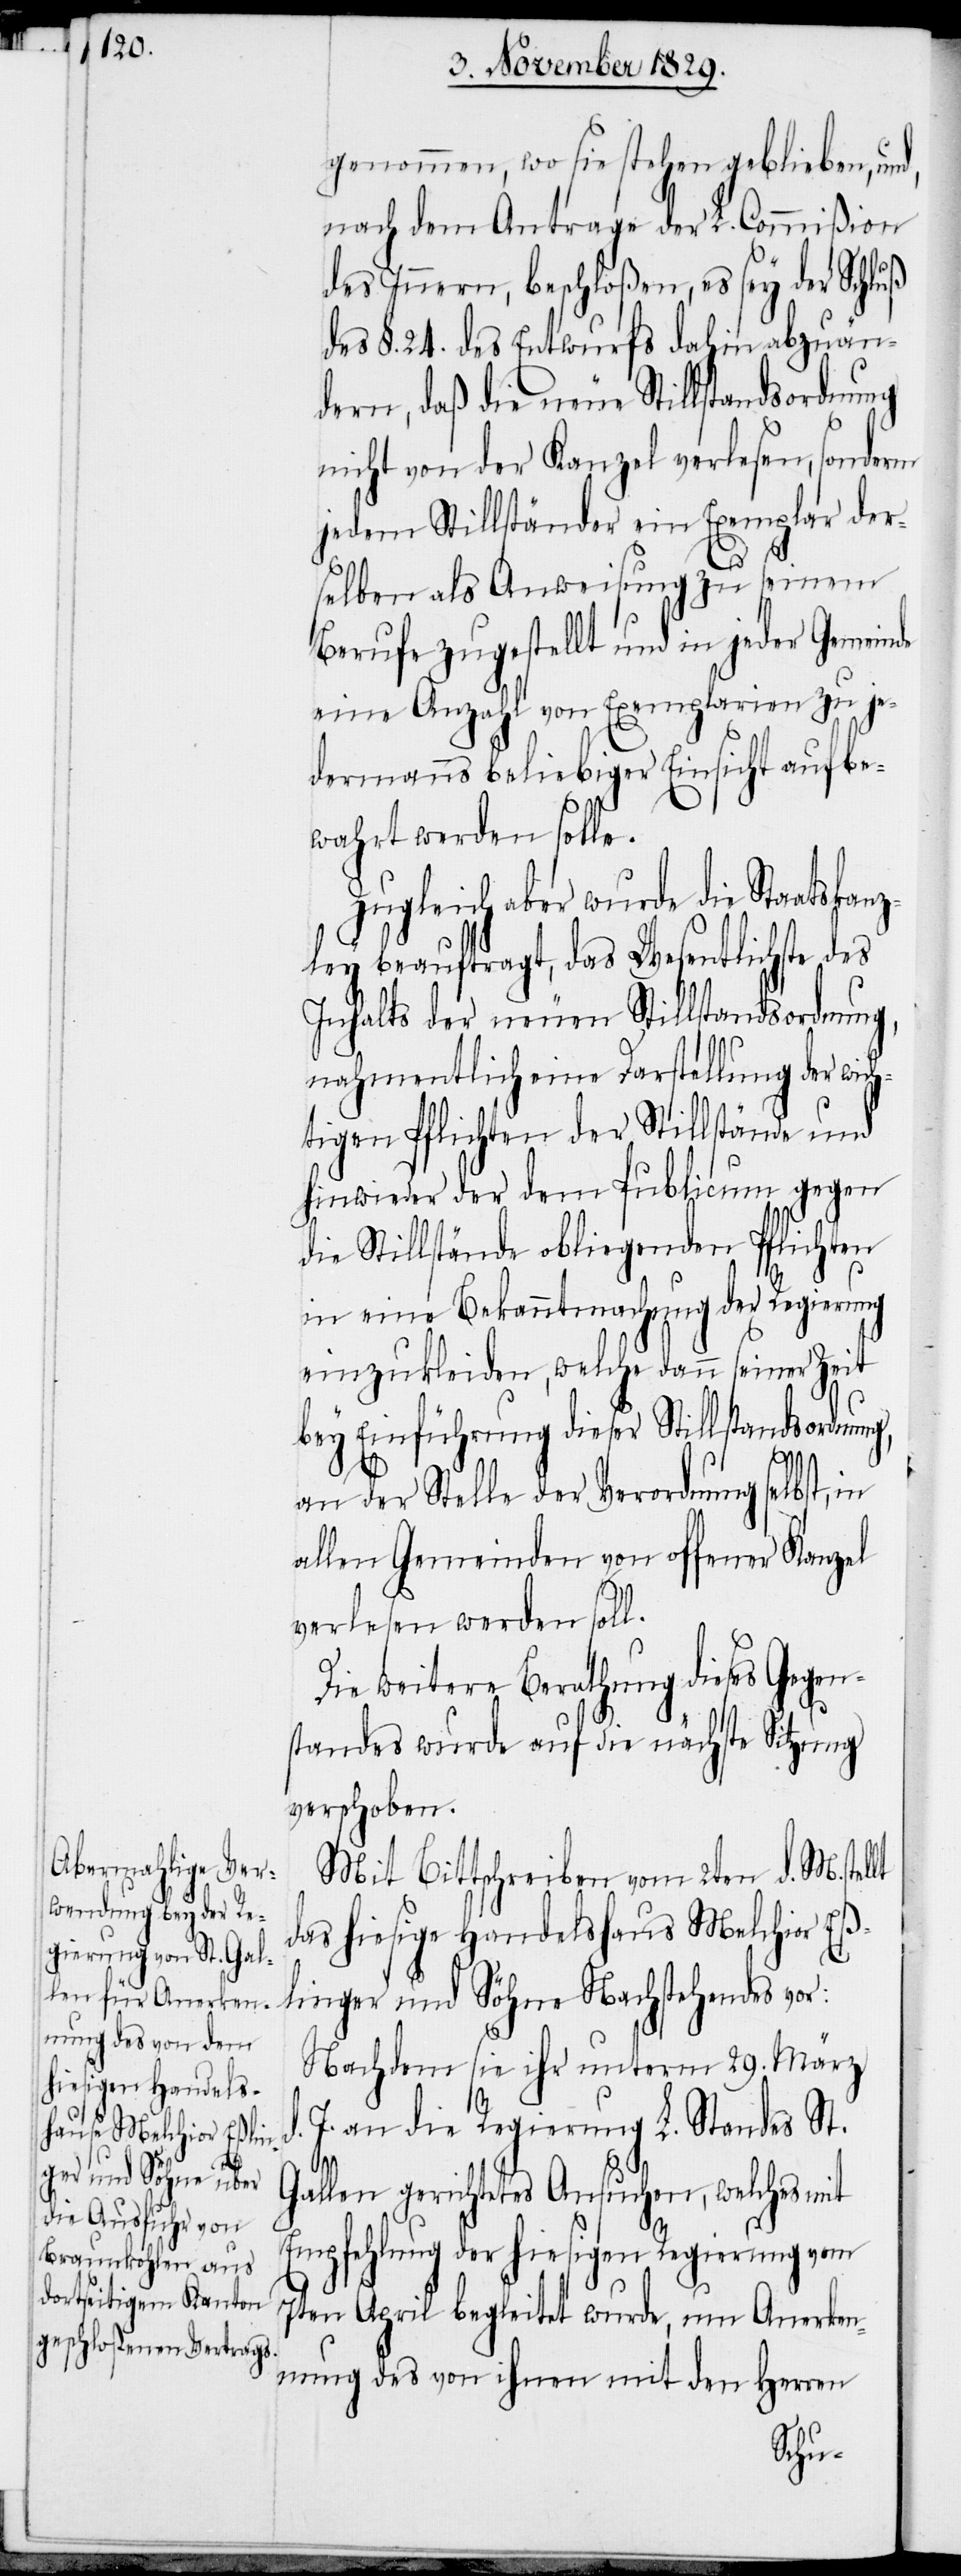
genommen, wo sie stehen geblieben, und,
nach dem Antrage der L. Commißion
des Innern, beschloßen, es sey der Schluß
des §. 24. des Entwurfs dahin abzuän¬
dern, daß die neue Stillstandsordnung
nicht von der Kanzel verlesen, sondern
jedem Stillständer ein Exemplar der¬
selben als Anweisung zu seinem
Berufe zugestellt und in jeder Gemeinde
eine Anzahl von Exemplarien zu je¬
dermanns beliebiger Einsicht aufbe¬
wahrt werden solle.
Zugleich aber wurde die Staatskan¬
zley beauftragt, das Wesentlichste des
Inhalts der neuen Stillstandsordnung,
nahmentlich eine Darstellung der wich¬
tigen Pflichten der Stillstände und
hinwieder der dem Publicum gegen
die Stillstände obliegenden Pflichten
in eine Bekanntmachung der Regierung
einzukleiden, welche dann seiner Zeit
bey Einführung dieser Stillstandsordnung,
d.
an der Stelle der Verordnung selbst, in
allen Gemeinden von offener Kanzel
verlesen werden soll.
Die weitere Berathung dieses Gegen¬
standes wurde auf die nächste Sitzung
verschoben.
Mit Bittschreiben vom 2ten d. M. stel¬
das hiesige Handelshaus Melchior Eß¬
linger und Söhne Nachstehendes vor:
Nachdem sie ihr unterm 29. März
J. an die Regierung L. Standes St.
Gallen gerichtetes Ansuchen, welches mit
Empfehlung der hiesigen Regierung vom
7ten April begleitet wurde, um Anerken¬
nung des von ihnen mit den Herren